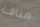
مناف